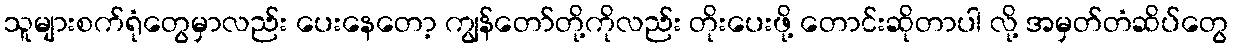
သူများစက်ရုံတွေမှာလည်း ပေးနေတော့ ကျွန်တော်တို့ကိုလည်း တိုးပေးဖို့ တောင်းဆိုတာပါ လို့ အမှတ်တံဆိပ်တွေ